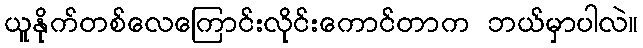
ယူနိုက်တစ်လေကြောင်းလိုင်းကောင်တာက ဘယ်မှာပါလဲ။